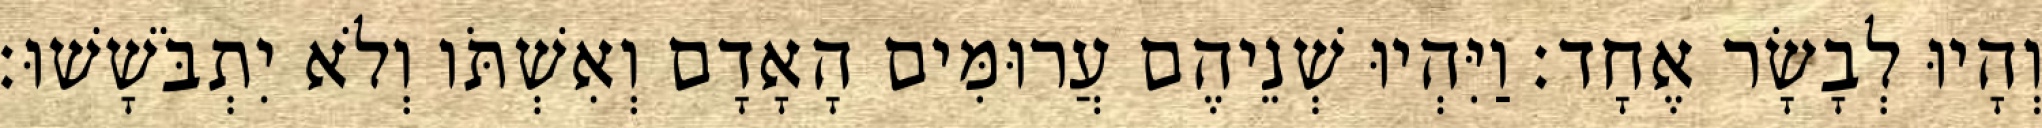
וְהָיוּ לְבָשָׂר אֶחָד׃ וַיִּהְיוּ שְׁנֵיהֶם עֲרוּמִּים הָאָדָם וְאִשְׁתֹּו וְלֹא יִתְבֹּשָׁשׁוּ׃